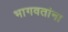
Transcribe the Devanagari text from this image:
भागवतांना